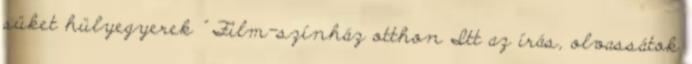
süket hülyegyerek ” Film-színház otthon Itt az írás, olvassátok